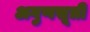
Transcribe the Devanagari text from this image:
अगुणसूत्री